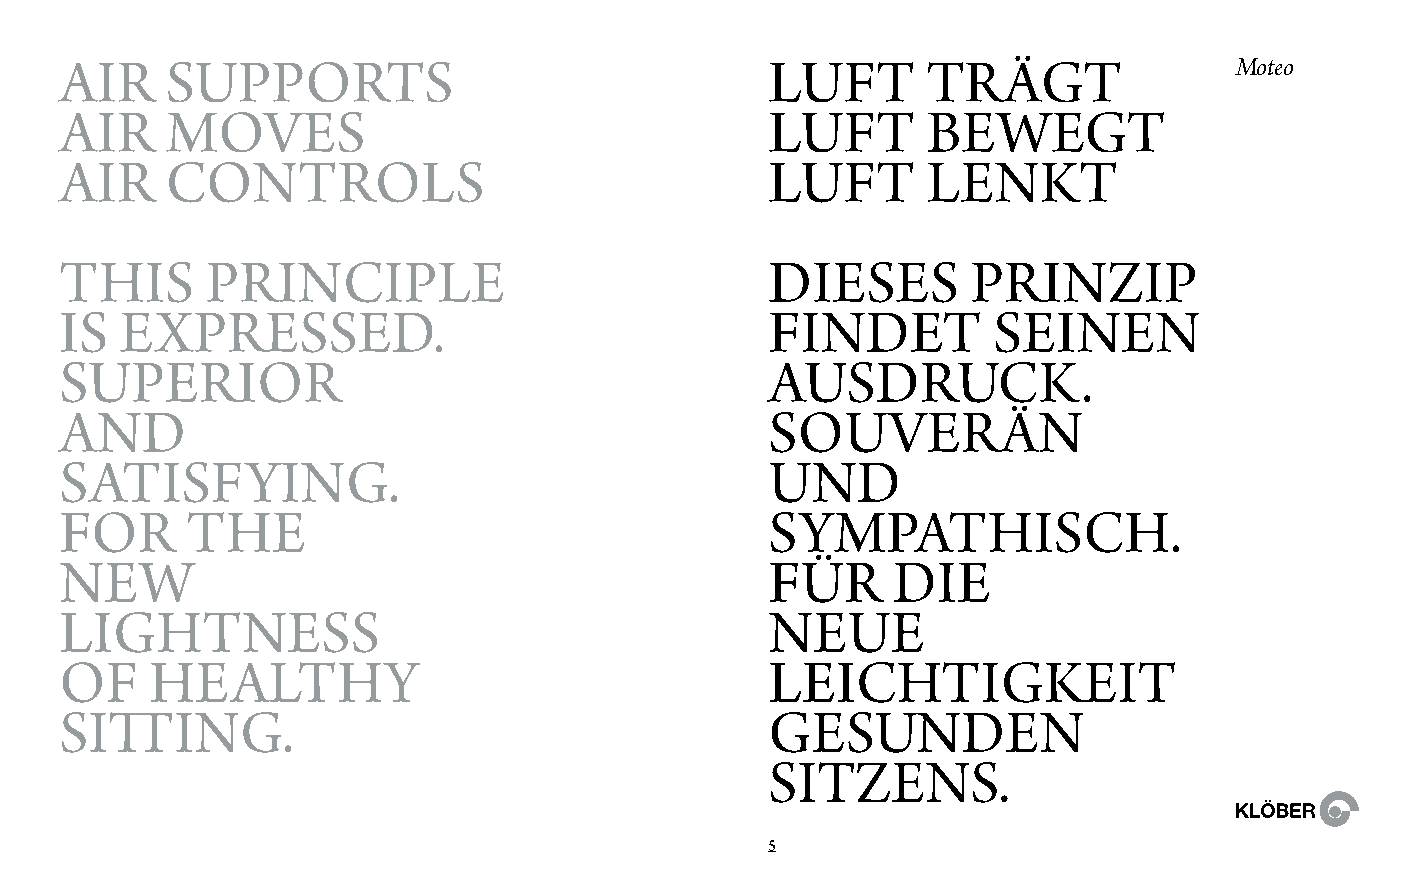
air    suPPorts                                LuFt      trägt                Moteo
 air    Moves                                   LuFt      bewegt
 air    ControLs                                LuFt      Lenkt
 this      PrinCiPLe                            Dieses       PrinziP
 is  exPresseD.                                 FinDet         seinen
 suPerior                                       ausDruCk.
 anD                                            souverän
 satisFying.                                    unD
 For     the                                    syMPathisCh.
 new                                            Für     Die
 Lightness                                      neue
 oF    heaLthy                                  LeiChtigkeit
 sitting.                                       gesunDen
 sitzens.
 5